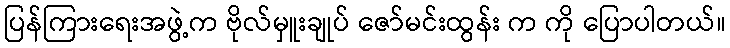
ပြန်ကြားရေးအဖွဲ့က ဗိုလ်မှူးချုပ် ဇော်မင်းထွန်း က ကို ပြောပါတယ်။